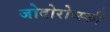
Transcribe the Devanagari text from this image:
जोदोरोव्स्की